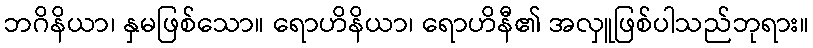
ဘဂိနိယာ၊ နှမဖြစ်သော။ ရောဟိနိယာ၊ ရောဟိနီ၏ အလှူဖြစ်ပါသည်ဘုရား။